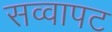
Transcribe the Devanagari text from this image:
सव्वापट